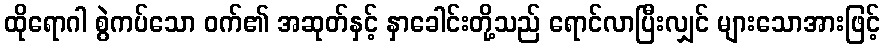
ထိုရောဂါ စွဲကပ်သော ဝက်၏ အဆုတ်နှင့် နှာခေါင်းတို့သည် ရောင်လာပြီးလျှင် များသောအားဖြင့်